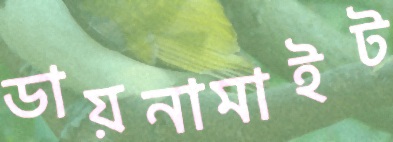
ডায়নামাইট